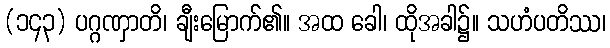
(၁၄၃) ပဂ္ဂဏှာတိ၊ ချီးမြောက်၏။ အထ ခေါ၊ ထိုအခါ၌။ သဟံပတိဿ၊